Veterinary regulations India, 1939 -
Year: 1939
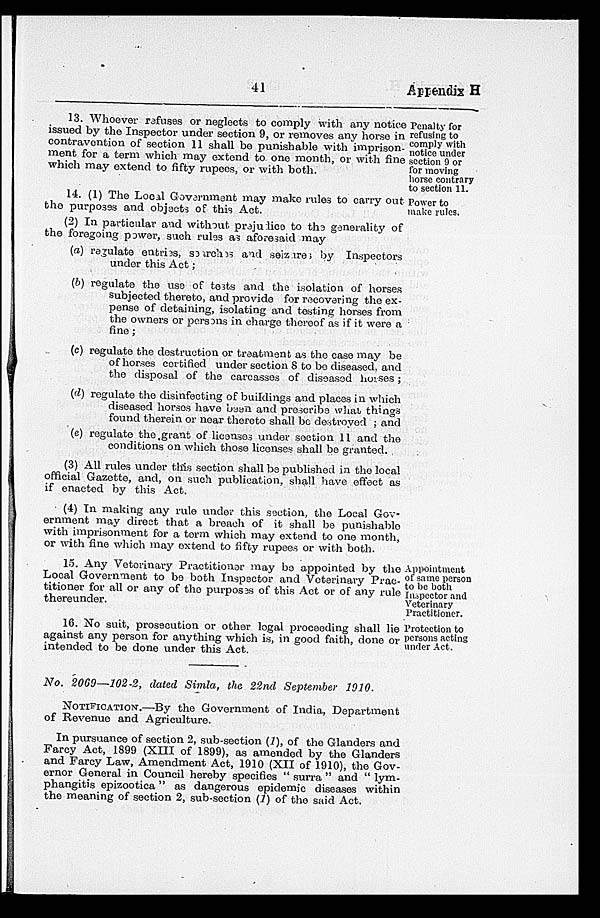
41
Appendix H
Penalty for
refusing to
comply with
notice under
section 9 or
for moving
horse contrary
to section 11.
13. Whoever refuses or neglects to comply with any notice
issued by the Inspector under section 9, or removes any horse in
contravention of section 11 shall be punishable with imprison-
ment for a term which may extend to one month, or with fine
which may extend to fifty rupees, or with both.
Power to
make rules.
14. (1) The Local Government may make rules to carry out
the purposes and objects of this Act.
(2) In particular and without prejudice to the generality of
the foregoing power, such rules as aforesaid may
(a) regulate entries, searches and seizures by Inspectors
under this Act;
(b) regulate the use of tests and the isolation of horses
subjected thereto, and provide for recovering the ex-
pense of detaining, isolating and testing horses from
the owners or persons in charge thereof as if it were a
fine;
(c) regulate the destruction or treatment as the case may be
of horses certified under section 8 to be diseased, and
the disposal of the carcasses of diseased horses;
(d) regulate the disinfecting of buildings and places in which
diseased horses have been and prescribe what things
found therein or near thereto shall be destroyed ; and
(e) regulate the grant of licenses under section 11 and the
conditions on which those licenses shall be granted.
(3) All rules under this section shall be published in the local
official Gazette, and, on such publication, shall have effect as
if enacted by this Act.
(4) In making any rule under this section, the Local Gov-
ernment may direct that a breach of it shall be punishable
with imprisonment for a term which may extend to one month,
or with fine which may extend to fifty rupees or with both.
Appointment
of same person
to be both
Inspector and
Veterinary
Practitioner.
15. Any Veterinary Practitioner may be appointed by the
Local Government to be both Inspector and Veterinary Prac-
titioner for all or any of the purposes of this Act or of any rule
thereunder.
Protection to
persons acting
under Act.
16. No suit, prosecution or other legal proceeding shall lie
against any person for anything which is, in good faith, done or
intended to be done under this Act.
No. 2069—102-2, dated Simla, the 22nd September 1910.
NOTIFICATION.—By the Government of India, Department
of Revenue and Agriculture.
In pursuance of section 2, sub-section (1), of the Glanders and
Farcy Act, 1899 (XIII of 1899), as amended by the Glanders
and Farcy Law, Amendment Act, 1910 (XII of 1910), the Gov-
ernor General in Council hereby specifies " surra " and " lym-
phangitis epizootica" as dangerous epidemic diseases within
the meaning of section 2, sub-section (1) of the said Act.